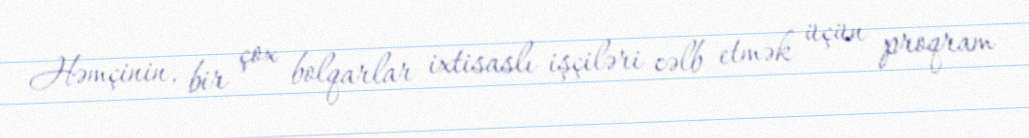
Həmçinin, bir çox bolqarlar ixtisaslı işçiləri cəlb etmək üçün proqram